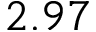
2 . 9 7